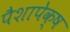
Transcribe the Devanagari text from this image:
पैशापेक्ष